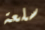
سلعة